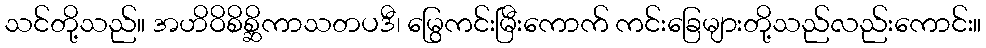
သင်တို့သည်။ အဟိဝိစိစ္ဆိကာသတပဒီ၊ မြွေကင်းမြီးကောက် ကင်းခြေများတို့သည်လည်းကောင်း။